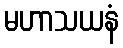
မဟာသယနံ